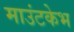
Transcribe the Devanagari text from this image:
माउंटकेभ